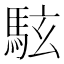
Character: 䮄